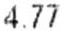
4.77